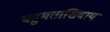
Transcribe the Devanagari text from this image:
बहुमताशिवाय